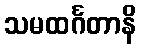
သမထင်္ဂတာနိ